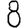
Digit: 8